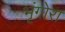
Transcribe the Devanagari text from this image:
भृंगोरा